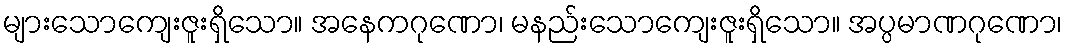
များသောကျေးဇူးရှိသော။ အနေကဂုဏော၊ မနည်းသောကျေးဇူးရှိသော။ အပ္ပမာဏဂုဏော၊